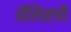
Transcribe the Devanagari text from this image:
ॲलिसची